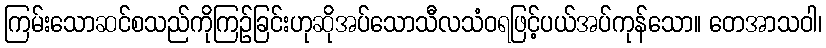
ကြမ်းသောဆင်စသည်ကိုကြဉ်ခြင်းဟုဆိုအပ်သောသီလသံဝရဖြင့်ပယ်အပ်ကုန်သော။ တေအာသဝါ၊